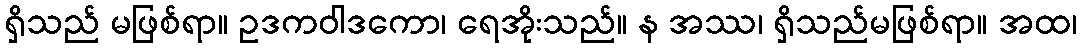
ရှိသည် မဖြစ်ရာ။ ဥဒကဝါဒကော၊ ရေအိုးသည်။ န အဿ၊ ရှိသည်မဖြစ်ရာ။ အထ၊